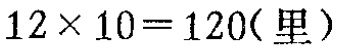
\(12\times 10 = 120(\text{里})\)